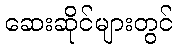
ဆေးဆိုင်များတွင်